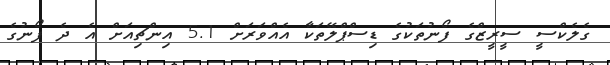
ގެލެކްސީ ސީރީޒްގެ ފޯނުތަކުގެ ޑިސްޕްލޭތަކާ އެއްވަރަށް 5.1 އިންޗިއަށް އެ ދެ ފޯނުގެ